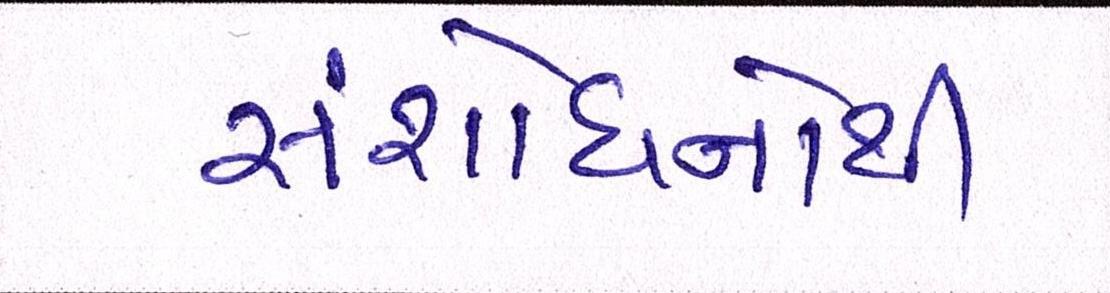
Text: સંશોધનોથી